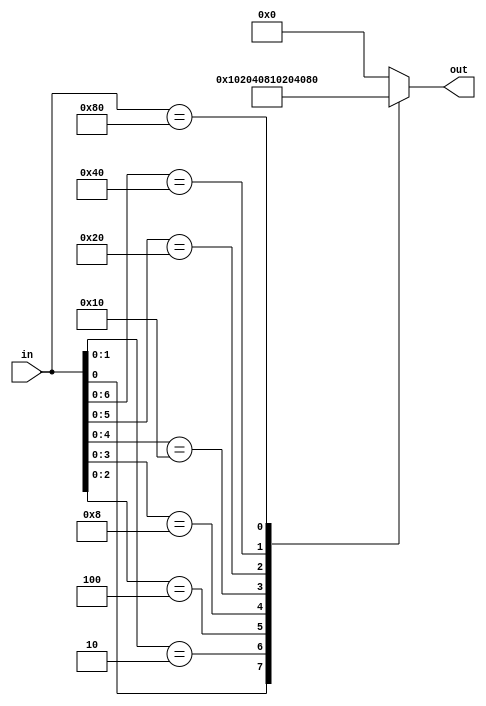
module arbiter (
  input wire [7:0] in, 
  output reg [7:0] out
);

  // Output a one hot value where the 1 bit is
  // in the same location as the least significant 1 of 
  // the in wire. If no 1s in the input, then output 0.
  always @(*) begin
    casex (in)
      8'bxxxxxxx1: out = 8'b1;
      8'bxxxxxx10: out = 8'b10;
      8'bxxxxx100: out = 8'b100;
      8'bxxxx1000: out = 8'b1000;
      8'bxxx10000: out = 8'b10000;
      8'bxx100000: out = 8'b100000;
      8'bx1000000: out = 8'b1000000;
      8'b10000000: out = 8'b10000000;
      default: out = 8'b0;
    endcase
  end

endmodule